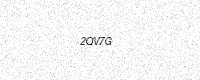
Text: 2QV7G